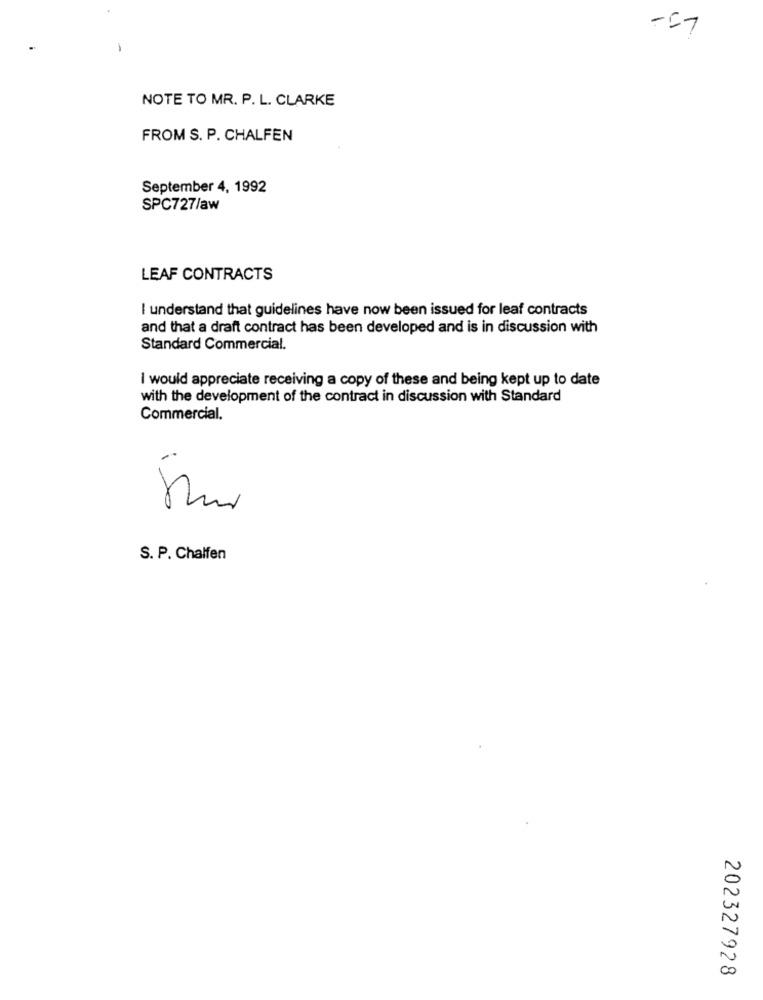
-57
-
NOTE TO MR. P. L. CLARKE
FROM S. P. CHALFEN
September 4, 1992
SPC727/aw
LEAF CONTRACTS
I understand that guidelines have now been issued for leaf contracts
and that a draft contract has been developed and is in discussion with
Standard Commercial.
I would appreciate receiving a copy of these and being kept up to date
with the development of the contract in discussion with Standard
Commercial.
S. P. Chalfen
202327928